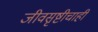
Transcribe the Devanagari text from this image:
जीवसृष्टीचाही